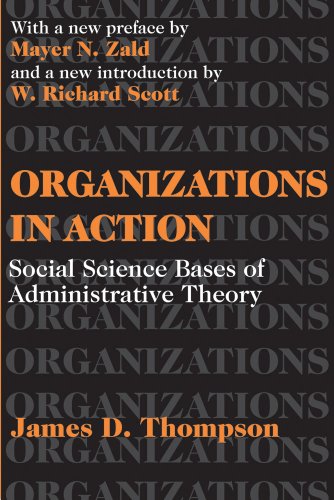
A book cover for Organizations in Action: Social Science Bases of Administrative Theory (Classics in Organization and Management Series); James D. Thompson; Politics & Social Sciences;